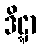
ဒိဋ္ဋာ